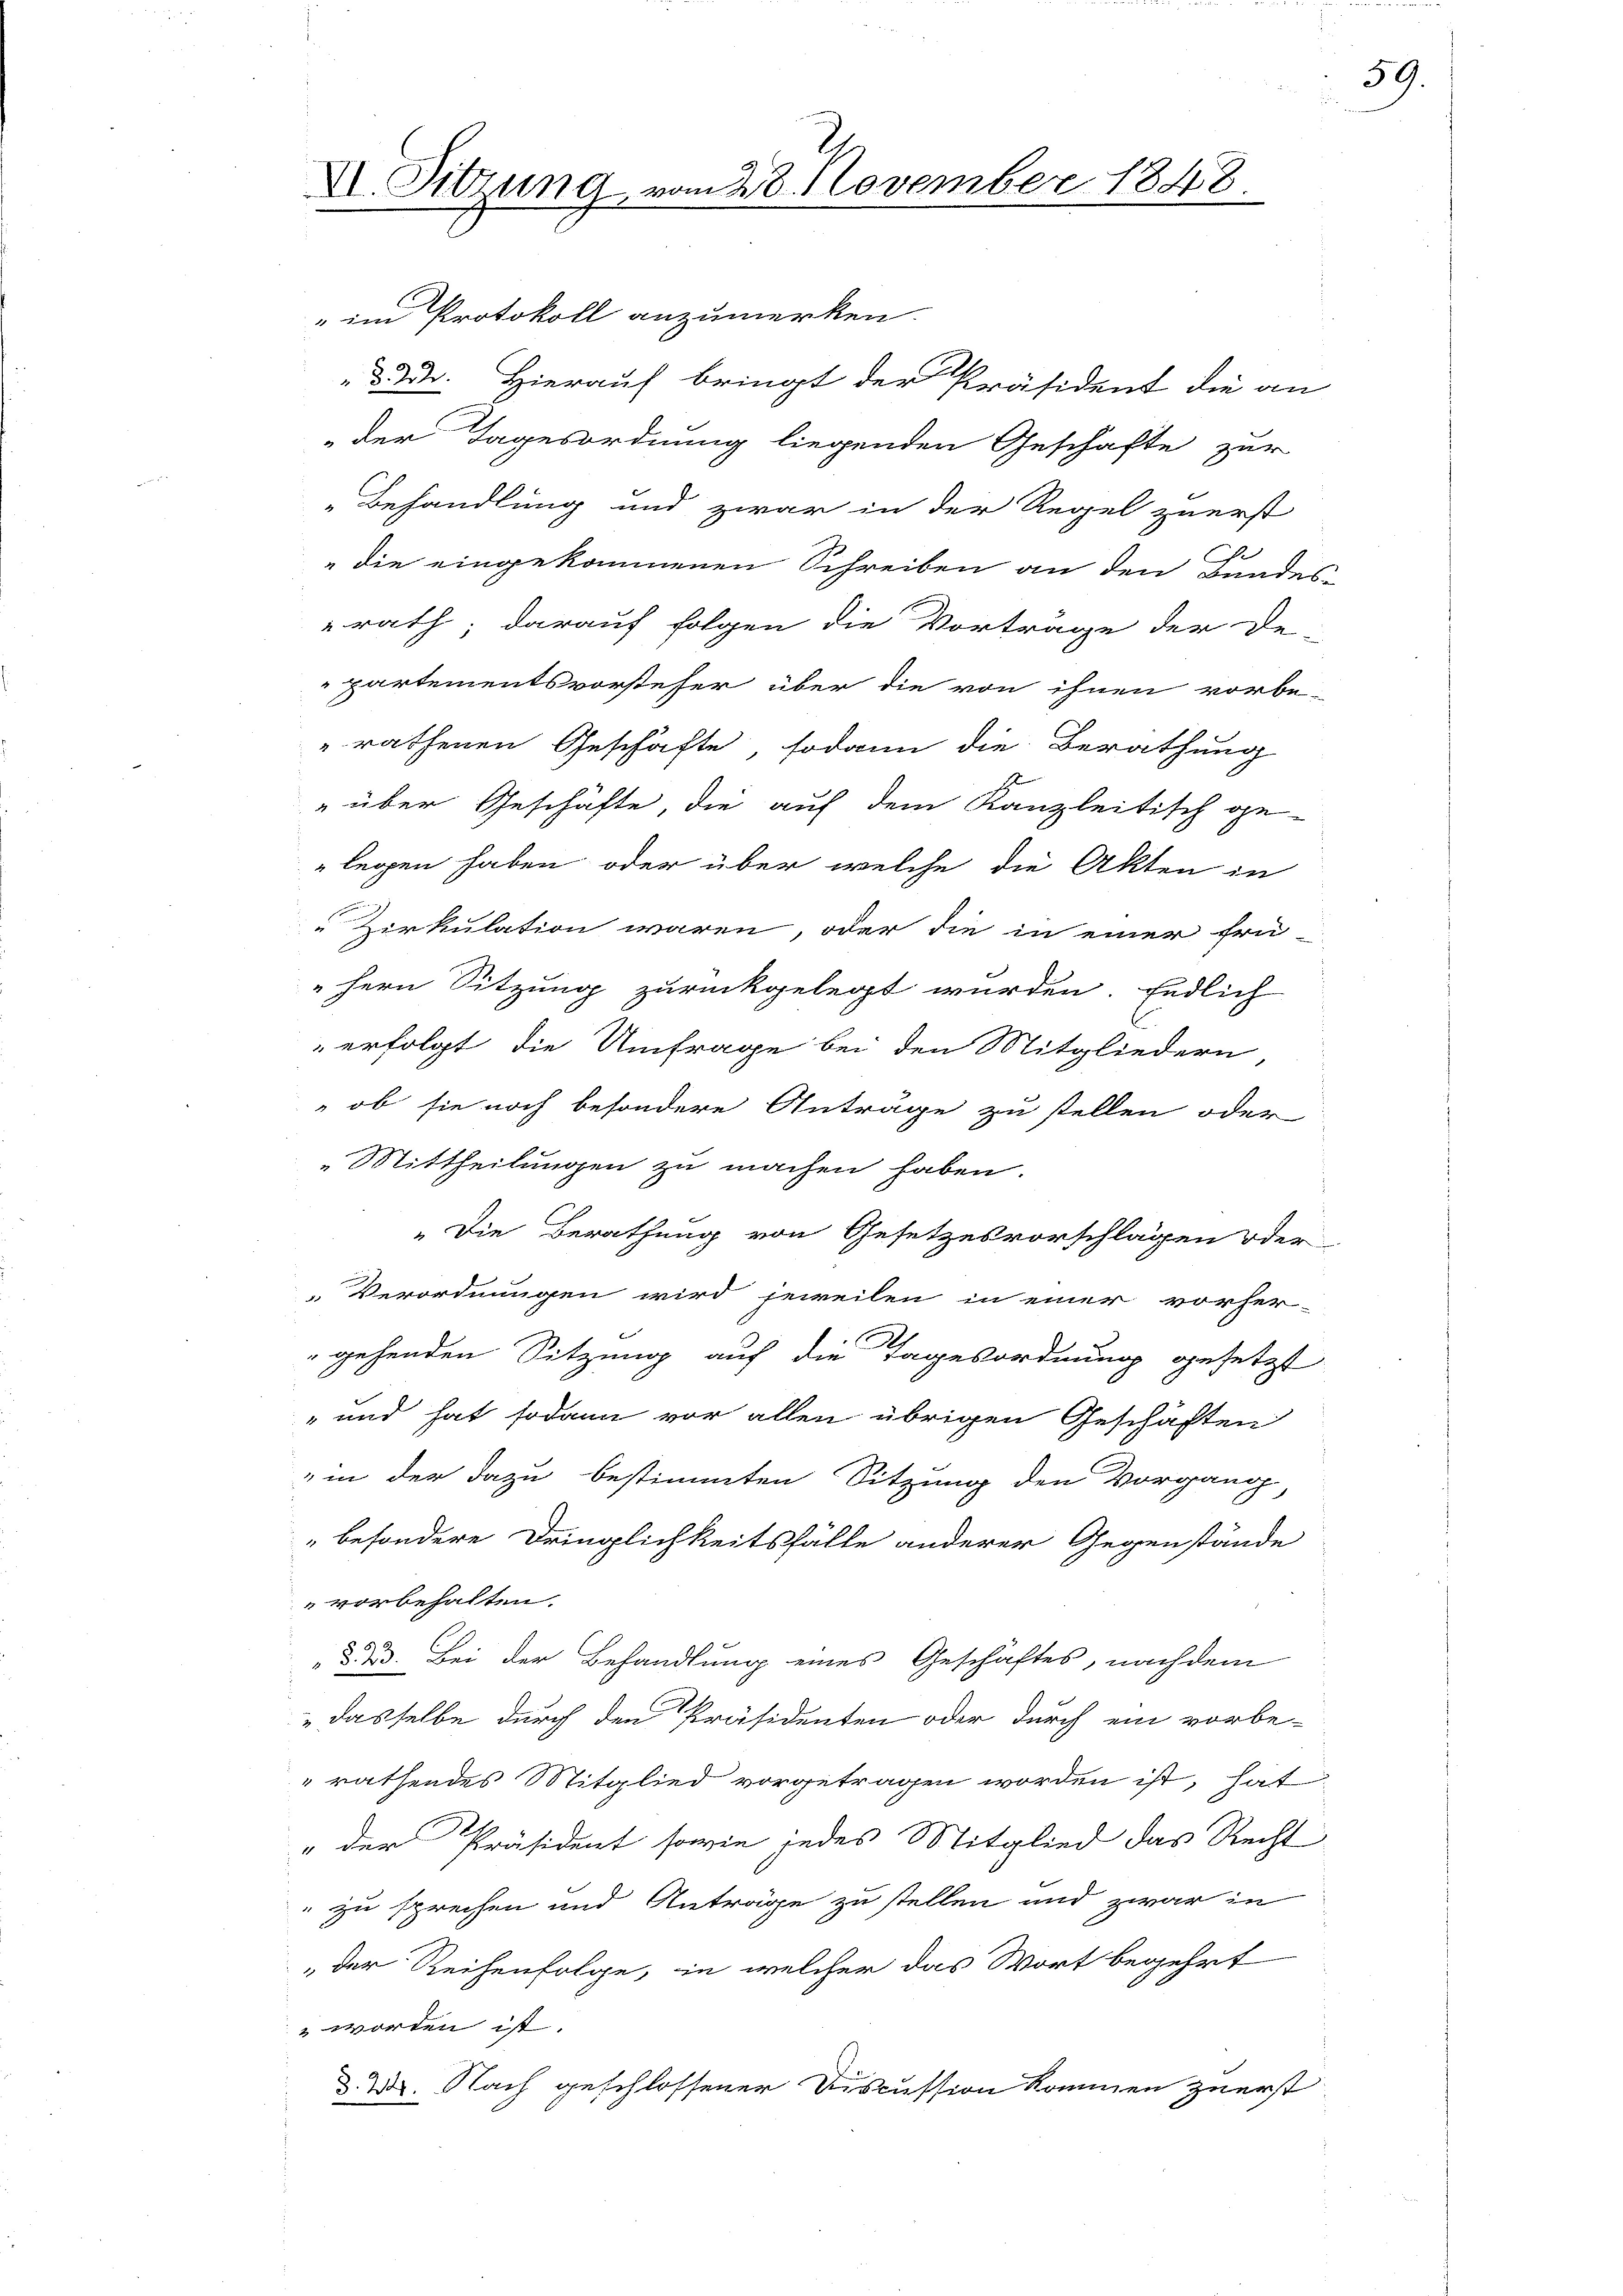
XI. Sitzung vom 28. November 1848.

" im Protokoll anzumerken.
d. 2. Hierauf bringt der Präsident die an
der Tagesordnung liegenden Geschäfte zur
Behandlung und zwar in der Regel zuerst
" die eingekommenen Schreiben an den Bundes-
rath; darauf folgen die Vorträge der De-
partementsvorsteher über die von ihnen vorbe-
"rathenen Geschäfte, sodann die Berathung
" über Geschäfte, die auf dem Kanzleitisch ge-
legen haben, oder über welche die Akten in
Zirkulation waren, oder die in einer frü-
"Hern Sitzung zurückgelegt wurden. Endlich
erfolgt, die Umfrage bei den Mitgliedern
 ob sie noch besondere Anträge zu stellen oder
Mittheilungen zu machen haben.
„Die Berathung von Gesetzesvorschlagen oder
Verordnungen wird jeweilen in einer vorher-
" gehenden Sitzung auf die Tagesordnung gesetzt
" und hat sodann vor allen übrigen Geschäften
in der dazu bestimmten Sitzung den Vorgang
besondere Dringlichkeitsfälle anderer Gegenstände
vorbehalten.
Dr. Bei der Behandlung eines Geschäftes, nachdem
dasselbe durch den Präsidenten oder durch ein vorbe-
rathendes Mitglied vorgetragen worden ist, hat
" der Präsident sowie jedes Mitglied das Recht
" zu sprechen und Anträge zu stellen und zwar in
„der Reihenfolge, in welcher das Wort begehrt
 worden ist.
§. 28. Nach geschlossener Discussion kommen zuerst

59.